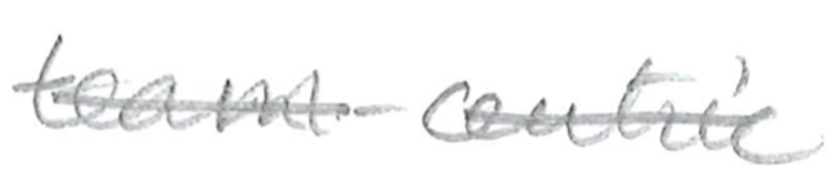
Text: team-centric
Cross-out: single-line
Writing tool: pencil